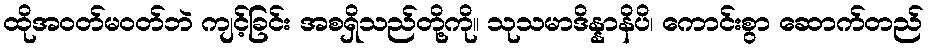
ထိုအဝတ်မဝတ်ဘဲ ကျင့်ခြင်း အစရှိသည်တို့ကို။ သုသမာဒိန္နာနိပိ၊ ကောင်းစွာ ဆောက်တည်